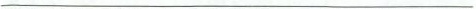
___